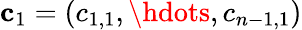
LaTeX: \mathbf{c}_{1}=(c_{1,1},\hdots,c_{n-1,1})